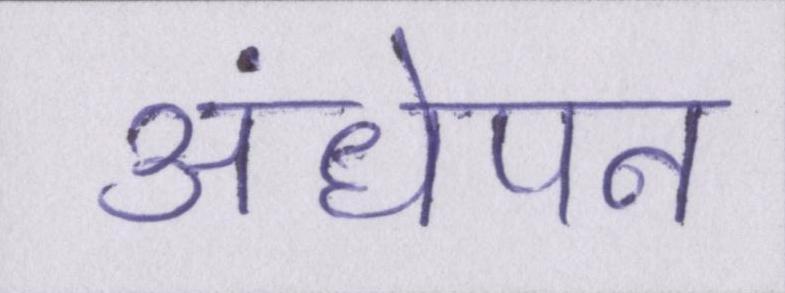
अंधेपन